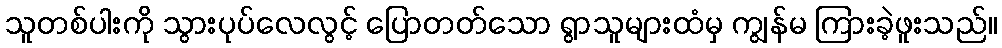
သူတစ်ပါးကို သွားပုပ်လေလွင့် ပြောတတ်သော ရွာသူများထံမှ ကျွန်မ ကြားခဲ့ဖူးသည်။